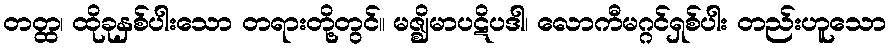
တတ္ထ၊ ထိုခုနှစ်ပါးသော တရားတို့တွင်။ မဇ္ဈိမာပဋိပဒါ၊ လောကီမဂ္ဂင်ရှစ်ပါး တည်းဟူသော